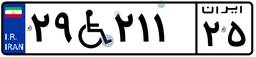
۲۹W۲۱۱۲۵